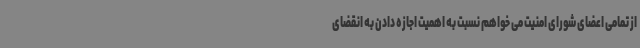
از تمامی اعضای شورای امنیت می خواهم نسبت به اهمیت اجازه دادن به انقضای